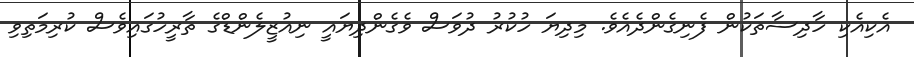
އެކިއެކި ހާދިސާތަކުން ފެނިގެންދެއެވެ. މިދިޔަ ހުކުރު ދުވަސް ވެގެންދިޔައީ ނިއުޒީލެންޑްގެ ތާރީހުގައިވެސް ކުރިމަތިވި